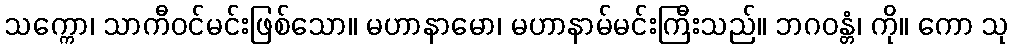
သက္ကော၊ သာကီဝင်မင်းဖြစ်သော။ မဟာနာမော၊ မဟာနာမ်မင်းကြီးသည်။ ဘဂဝန္တံ၊ ကို။ ကော သု